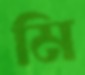
মি